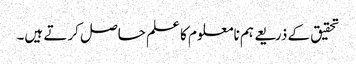
تحقیق کے ذریعے ہم نامعلوم کا علم حاصل کرتے ہیں۔